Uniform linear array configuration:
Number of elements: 64
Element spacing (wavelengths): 0.5
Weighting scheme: cosine
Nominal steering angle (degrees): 45
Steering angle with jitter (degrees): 44.647
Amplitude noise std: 0.05
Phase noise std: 0.05

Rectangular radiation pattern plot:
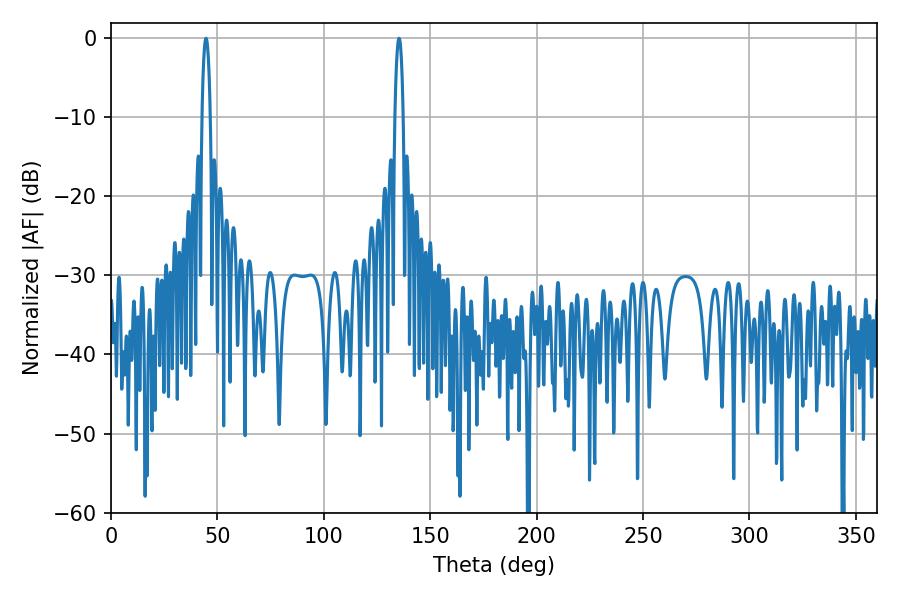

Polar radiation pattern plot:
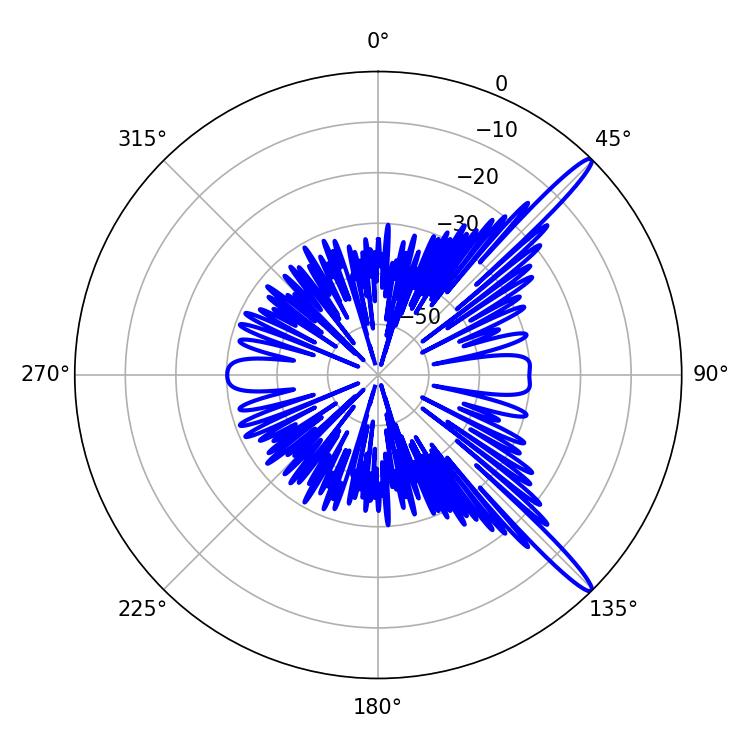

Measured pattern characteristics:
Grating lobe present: FALSE
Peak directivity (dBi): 15.102
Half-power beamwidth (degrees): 2.16
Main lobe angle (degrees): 44.64